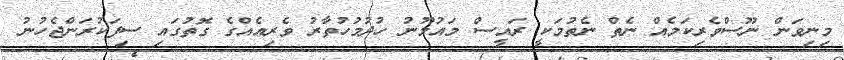
މިނިވަން ނޫސްވެރިކަމެއް ނެތް ނެތުމަކީ ރައީސް މައުމޫނު ހުދުމުހުތާރު ވެރިއެއްގެ ގޮތުގައި ސިފަކުރަންޖެހުނު